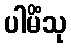
ပါမိံသု